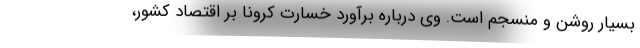
بسیار روشن و منسجم است. وی درباره برآورد خسارت کرونا بر اقتصاد کشور،